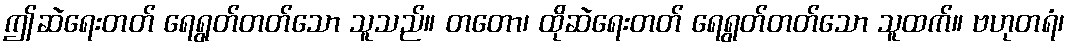
ဤဆဲရေးတတ် ရေရွတ်တတ်သော သူသည်။ တတော၊ ထိုဆဲရေးတတ် ရေရွတ်တတ်သော သူထက်။ ဗဟုတရံ၊